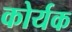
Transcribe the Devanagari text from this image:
कोर्यक